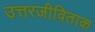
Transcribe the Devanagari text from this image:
उत्तरजीविताक